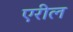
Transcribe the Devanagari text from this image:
एरील